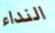
النداء